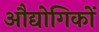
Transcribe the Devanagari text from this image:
औद्योगिकों